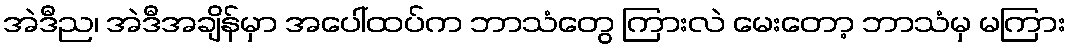
အဲဒီည၊ အဲဒီအချိန်မှာ အပေါ်ထပ်က ဘာသံတွေ ကြားလဲ မေးတော့ ဘာသံမှ မကြား